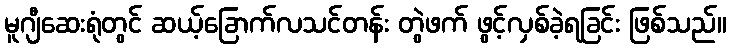
မူဂျီဆေးရုံတွင် ဆယ့်ခြောက်လသင်တန်း တွဲဖက် ဖွင့်လှစ်ခဲ့ရခြင်း ဖြစ်သည်။